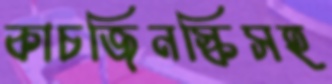
কাচজিনস্কিসহ